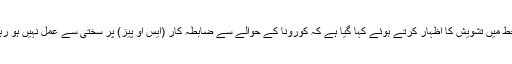
خط میں تشویش کا اظہار کرتے ہوئے کہا گیا ہے کہ کورونا کے حوالے سے ضابطہ کار (ایس او پیز) پر سختی سے عمل نہیں ہو رہا۔